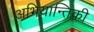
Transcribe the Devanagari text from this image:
अभियान्तिकी